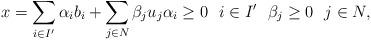
LaTeX: \begin{align*}x=\sum_{i\in I^{\prime}} \alpha_i b_i + \sum_{j \in N} \beta_j u_j \alpha_i\geq 0\ \ i \in I^{\prime} \ \ \beta_j\geq 0 \ \ j\in N, \end{align*}